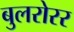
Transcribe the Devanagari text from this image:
बुलरोरर